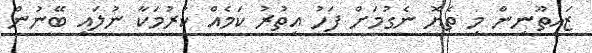
ޒައިތޫނިން މި ތެޔޮ ނެގުމަށް ފަހު އިތުރު ކަމެއް ކުރުމަކާ ނުލައި ބޭނުން